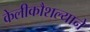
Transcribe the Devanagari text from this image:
केलीकौशल्याने